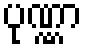
ပုဏ္ဏာ